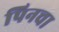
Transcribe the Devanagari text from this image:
पिनचा